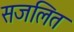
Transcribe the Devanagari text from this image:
सजलित